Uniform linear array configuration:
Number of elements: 12
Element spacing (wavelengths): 0.5
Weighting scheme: exponential
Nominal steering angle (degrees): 60
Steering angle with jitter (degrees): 60.065
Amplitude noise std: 0.05
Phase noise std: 0.05

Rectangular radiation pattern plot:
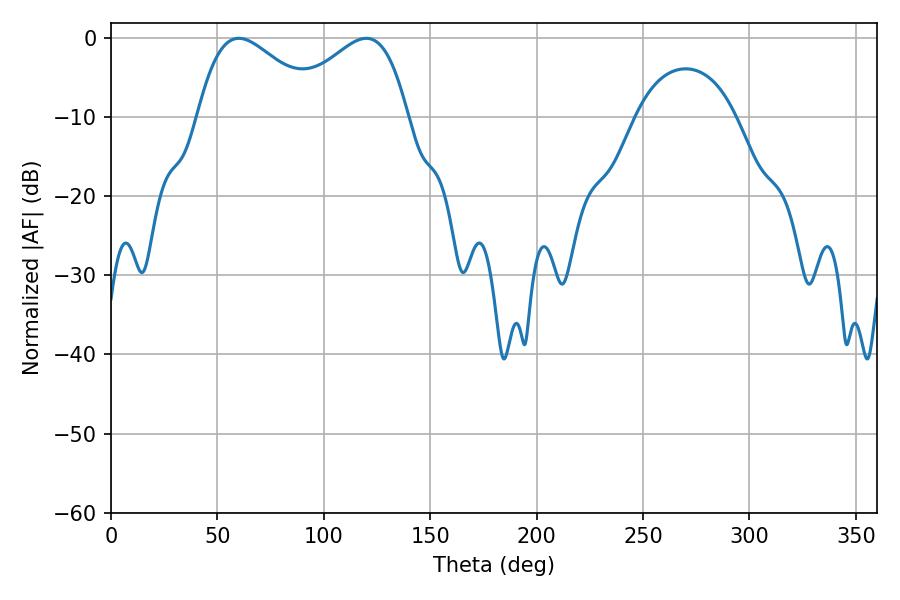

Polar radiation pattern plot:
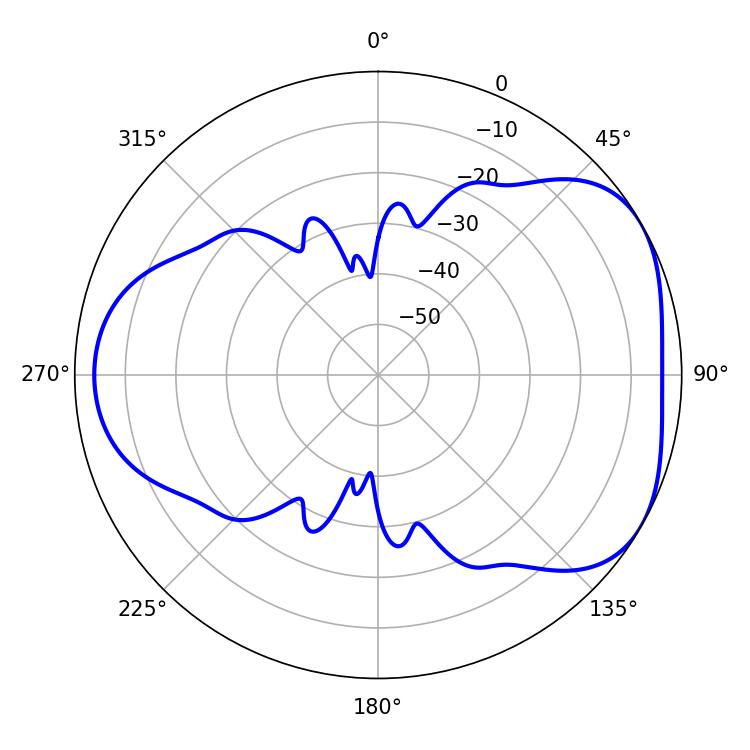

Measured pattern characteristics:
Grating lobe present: FALSE
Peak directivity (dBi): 4.39
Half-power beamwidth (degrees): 31.14
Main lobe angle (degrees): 60.12